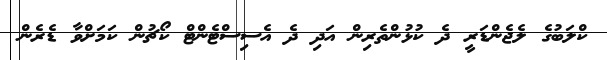
ކްލަބުގެ ލެޖެންޑަރީ ދެ ކުޅުންތެރިން އަދި ދެ އެސިސްޓެންޓް ކޯޗުން ކަމަށްވާ ޑެރެން